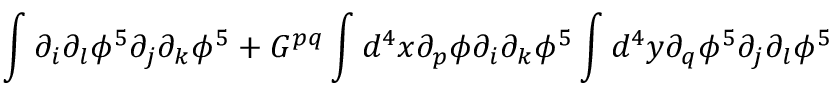
\int \partial _ { i } \partial _ { l } \phi ^ { 5 } \partial _ { j } \partial _ { k } \phi ^ { 5 } + G ^ { p q } \int d ^ { 4 } x \partial _ { p } \phi \partial _ { i } \partial _ { k } \phi ^ { 5 } \int d ^ { 4 } y \partial _ { q } \phi ^ { 5 } \partial _ { j } \partial _ { l } \phi ^ { 5 }